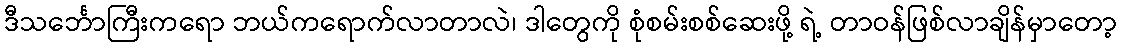
ဒီသင်္ဘောကြီးကရော ဘယ်ကရောက်လာတာလဲ၊ ဒါတွေကို စုံစမ်းစစ်ဆေးဖို့ ရဲ့ တာဝန်ဖြစ်လာချိန်မှာတော့